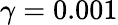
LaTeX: \gamma=0.001